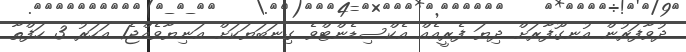
ދުވާފަރުން އުނގޫފާރަށް ދިޔަ ފެރީއެއް އެކްސިޑެންޓްވެ ގިނަބަޔަކަށް އަނިޔާވެއްޖެ1 އަހަރު 3 ހަފްތާ